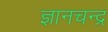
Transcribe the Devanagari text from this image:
ज्ञानचन्द्र